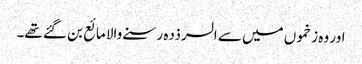
اور وہ زخموں میں سے السرذدہ رسنے والا مائع بن گئے تھے۔